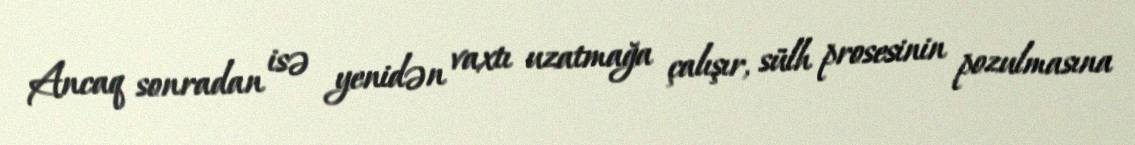
Ancaq sonradan isə yenidən vaxtı uzatmağa çalışır, sülh prosesinin pozulmasına